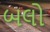
બલો